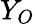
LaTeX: Y_{O}